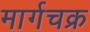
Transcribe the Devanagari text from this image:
मार्गचक्र